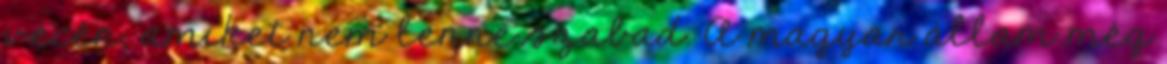
vécén, amiket nem lenne szabad. A magyar állam még